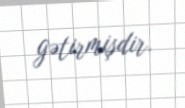
gətirmişdir.